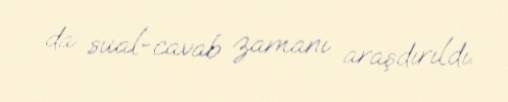
da sual-cavab zamanı araşdırıldı.